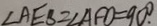
\angle A E B = \angle A F D = 9 0 ^ { \circ }